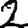
Digit: 2